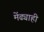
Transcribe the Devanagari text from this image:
मेंढ्याही